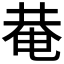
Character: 𤲅